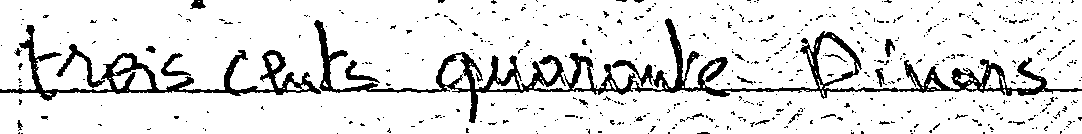
trois cents quarante Dinars